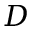
D